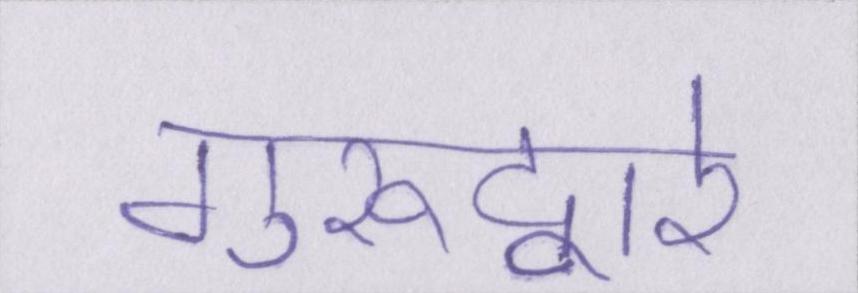
गुरूद्वारे